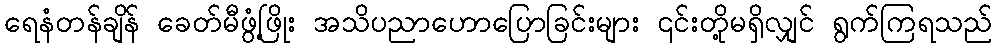
ရေနံတန်ချိန် ခေတ်မီဖွံ့ဖြိုး အသိပညာဟောပြောခြင်းများ ၎င်းတို့မရှိလျှင် ရွက်ကြရသည်